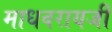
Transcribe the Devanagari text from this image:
माधवरायजी